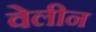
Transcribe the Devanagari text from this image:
वेलीन